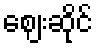
ဈေးဆိုင်